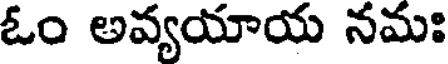
ఓం అవ్యయాయ నమః